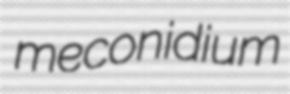
meconidium